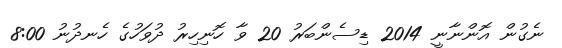
ނެގުން އޮންނާނީ 2014 ޑިސެންބަރު 20 ވާ ހޮނިހިރު ދުވަހުގެ ހެނދުނު 8:00